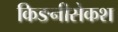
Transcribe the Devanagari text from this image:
किङनीसेकश